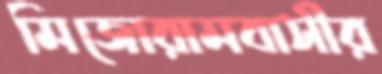
মিজোরামবাসীর